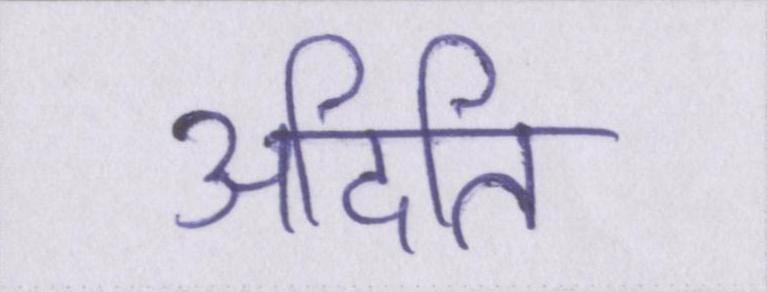
अदिति